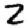
Digit: 2